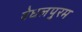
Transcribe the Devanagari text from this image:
वेधलपुरम